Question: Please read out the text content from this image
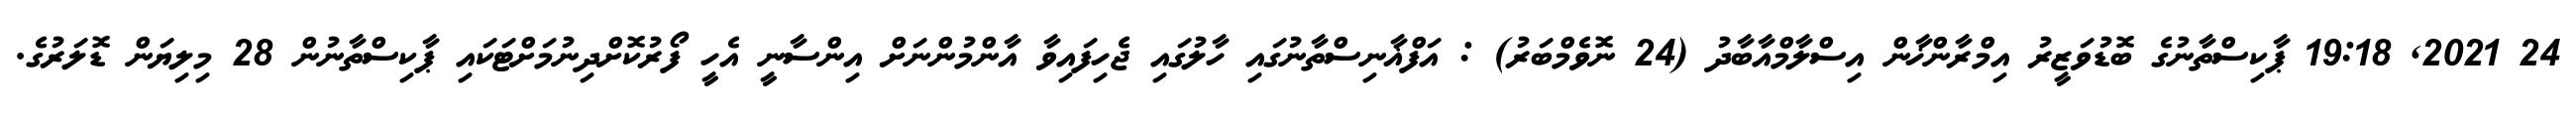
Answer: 24 2021, 19:18 ޕާކިސްތާނުގެ ބޮޑުވަޒީރު އިމްރާންޚާން އިސްލާމްއާބާދު (24 ނޮވެމްބަރު) : އަފްޣާނިސްތާނުގައި ހާލުގައި ޖެހިފައިވާ އާންމުންނަށް އިންސާނީ އެހީ ފޯރުކޮށްދިނުމަށްޓަކައި ޕާކިސްތާނުން 28 މިލިޔަން ޑޮލަރުގެ.